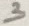
Text: 3